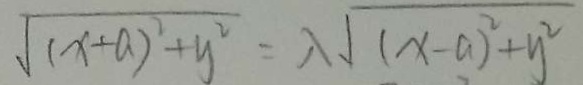
\sqrt { ( x + a ) ^ { 2 } + y ^ { 2 } } = \lambda \sqrt { ( x - a ) ^ { 2 } + y ^ { 2 } }